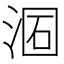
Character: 𣶦